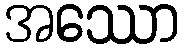
အဿော